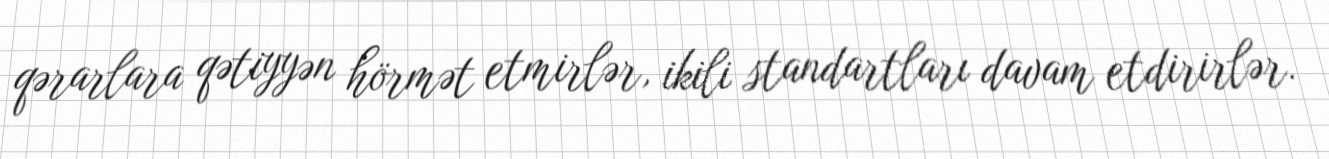
qərarlara qətiyyən hörmət etmirlər, ikili standartları davam etdirirlər.